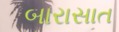
બારાસાત